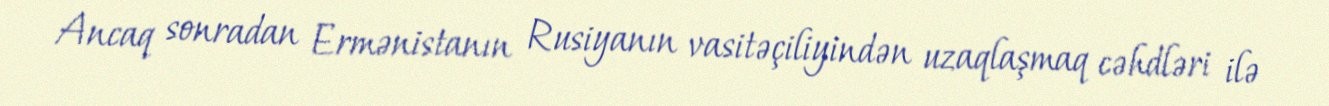
Ancaq sonradan Ermənistanın Rusiyanın vasitəçiliyindən uzaqlaşmaq cəhdləri ilə